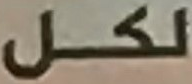
لكل